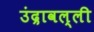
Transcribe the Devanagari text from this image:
उंद्रावल्ली